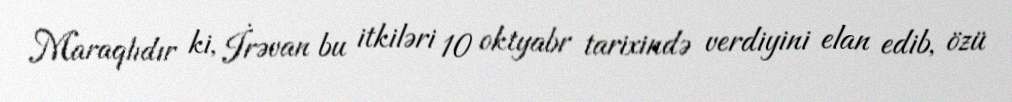
Maraqlıdır ki, İrəvan bu itkiləri 10 oktyabr tarixində verdiyini elan edib, özü